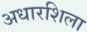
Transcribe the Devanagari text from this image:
अधारशिला